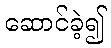
ဆောင်ခဲ့၍